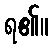
ရ၏။